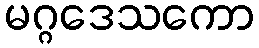
မဂ္ဂဒေသကော